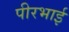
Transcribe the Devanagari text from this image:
पीरभाई